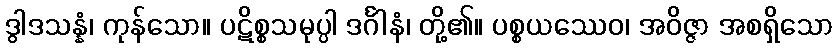
ဒွါဒသန္နံ၊ ကုန်သော။ ပဋိစ္စသမုပ္ပါ ဒင်္ဂါနံ၊ တို့၏။ ပစ္စယဿေဝ၊ အဝိဇ္ဇာ အစရှိသော